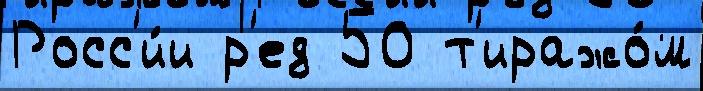
Росс'и́и р'ед 50 т'иражо́м